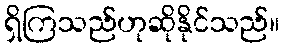
ရှိကြသည်ဟုဆိုနိုင်သည်။